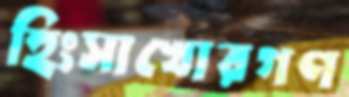
হিংসাখোরগণ